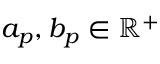
a _ { p } , b _ { p } \in \mathbb { R } ^ { + }